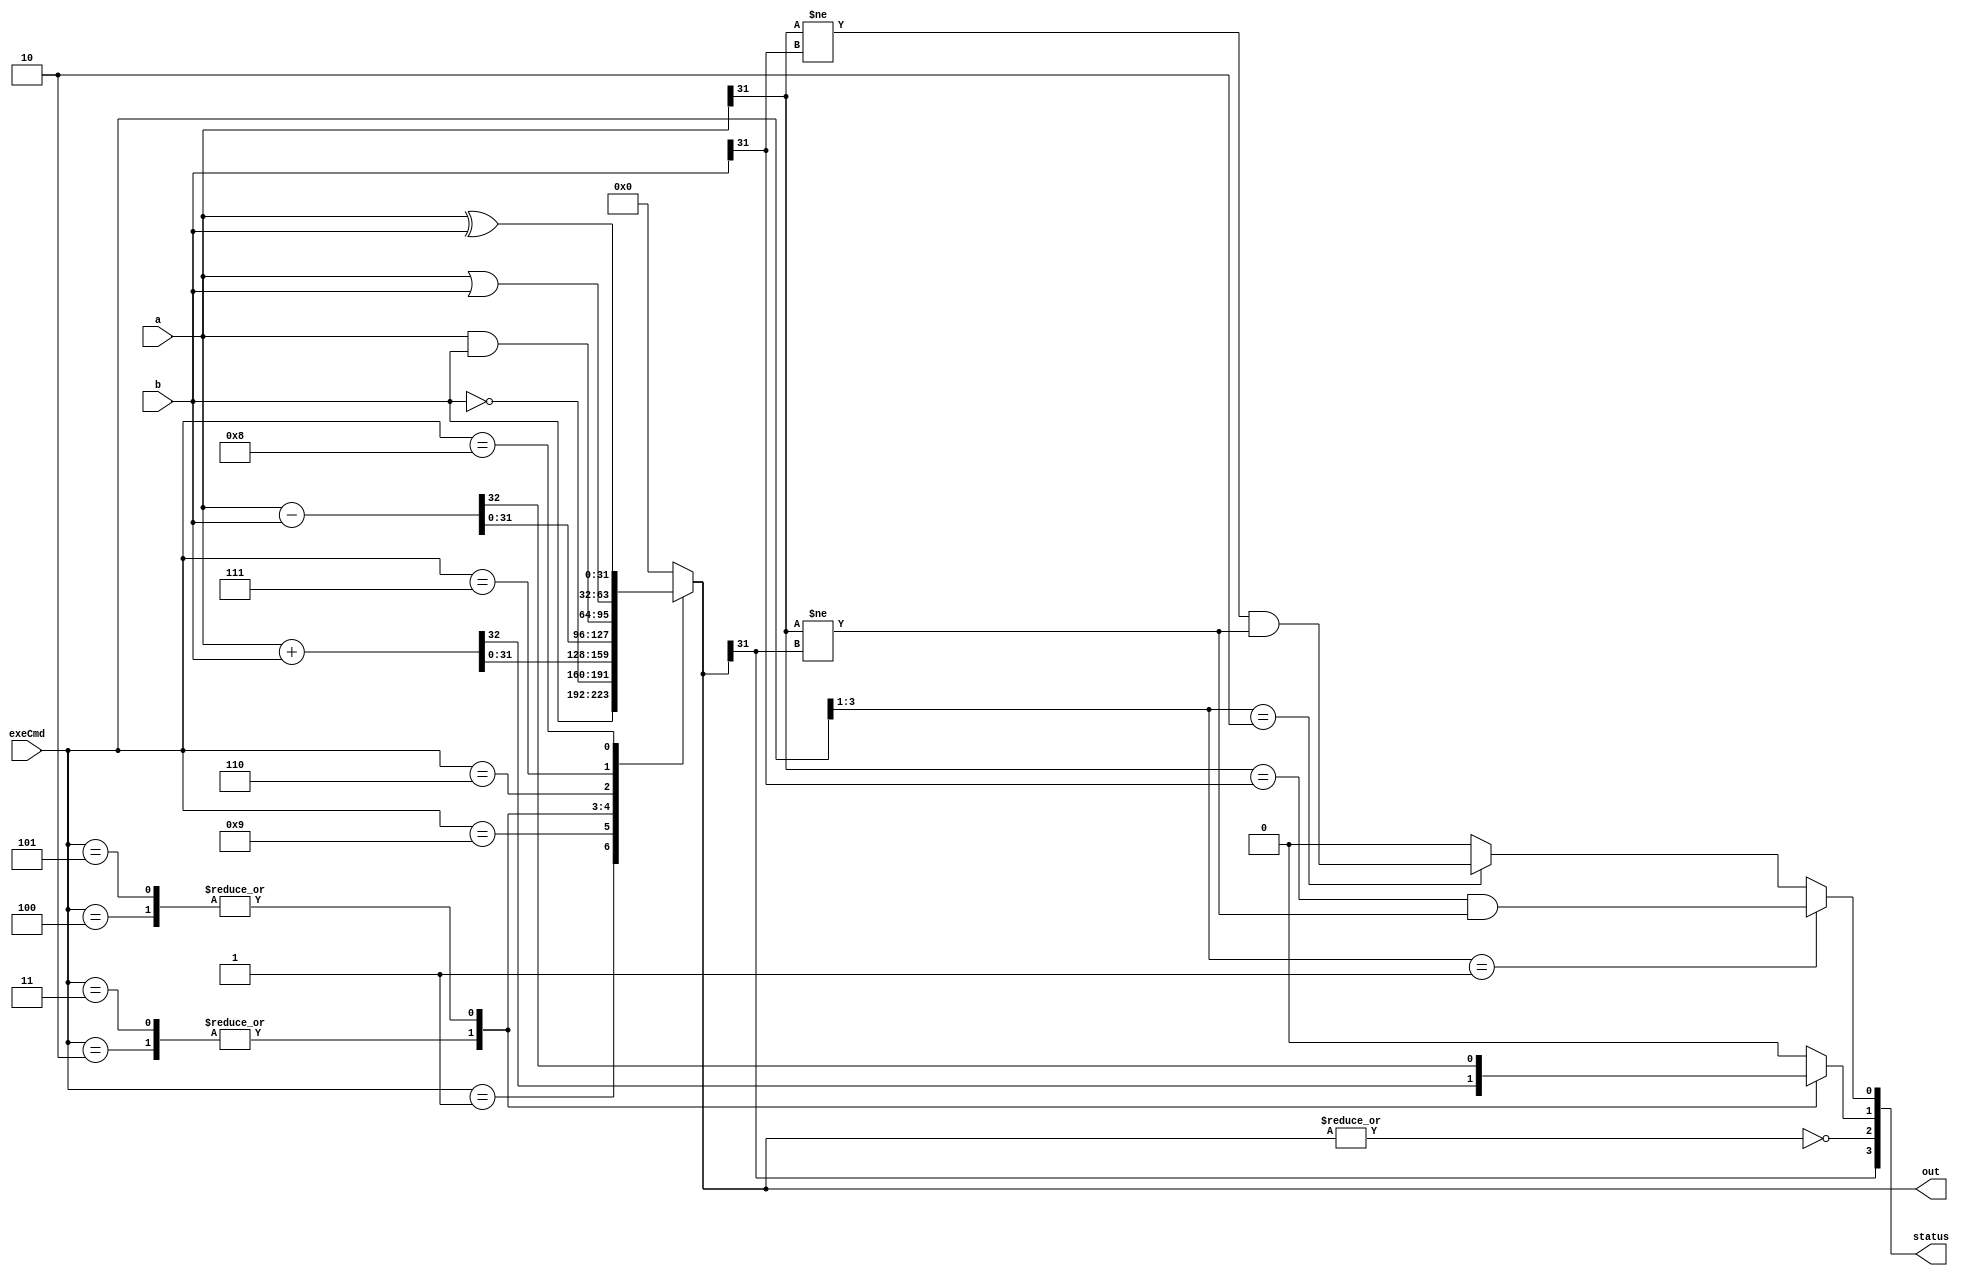
// module ALU(input [31:0]val_1, val_2,
//   input [3:0]exe_cmd, sr_in,output reg [31:0]alu_result, output reg [3:0]sr);
  
//   reg z, c, n, v;
//   wire z_in, c_in, n_in, v_in;
//   assign {z_in, c_in, n_in, v_in} = sr_in;
  
//   always @ (val_1, val_2, exe_cmd, z_in, c_in, n_in, v_in) begin
    
//     alu_result = 32'b00000000000000000000000000000000;
//     sr = 4'b0000; n = 1'b0; c = 1'b0; z = 1'b0; v = 1'b0;
    
//     case (exe_cmd)
//       4'b0001: begin alu_result = val_2; end
//       4'b1001: begin alu_result = ~val_2; end
//       4'b0010: begin
//         {c, alu_result} = val_1 + val_2;
//         if ((val_1[31] == val_2[31]) && (val_1[31] == (~alu_result[31]))) v = 1'b1;
//       end
//       4'b0011: begin
//         {c, alu_result} = val_1 + val_2 + c_in;
//         if ((val_1[31] == val_2[31]) && (val_1[31] == (~alu_result[31]))) v = 1'b1;
//       end
//       4'b0100: begin
//         {c, alu_result} = val_1 - val_2;
//         if ((val_1[31] == (~val_2[31])) && (val_1[31] == (~alu_result[31]))) v = 1'b1;
//       end
//       4'b0101: begin
//         {c, alu_result} = val_1 - val_2 - {{31'b0000000000000000000000000000000}, ~(c_in)};
//         if ((val_1[31] == (~val_2[31])) && (val_1[31] == (~alu_result[31]))) v = 1'b1;
//       end
//       4'b0110: begin alu_result = val_1 & val_2; end
//       4'b0111: begin alu_result = val_1 | val_2; end
//       4'b1000: begin alu_result = val_1 ^ val_2; end
//     endcase

//     z = alu_result == 32'b00000000000000000000000000000000 ? 1'b1 : 1'b0;
//     n = alu_result[31];    
//     sr = {z, c, n, v};
//   end
// endmodule

module ALU #(
    parameter N = 32
)(
    input [N-1:0] a, b,
    // input carryIn,
    input [3:0] exeCmd,
    output reg [N-1:0] out,
    output [3:0] status
);
    reg c, v;
    wire z, n;
    assign status = {n, z, c, v};
    assign z = ~|out;
    assign n = out[N-1];

    // wire [N-1:0] carryExt, nCarryExt;
    // assign carryExt = {{(N-1){1'b0}}, carryIn};
    // assign nCarryExt = {{(N-1){1'b0}}, ~carryIn};

    always @(exeCmd or a or b) begin
        out = {N{1'b0}};
        c = 1'b0;

        case (exeCmd)
            4'b0001: out = b;                      // MOV
            4'b1001: out = ~b;                     // MVN
            4'b0010: {c, out} = a + b;             // ADD
            4'b0011: {c, out} = a + b;  // ADC
            4'b0100: {c, out} = a - b;             // SUB
            4'b0101: {c, out} = a - b; // SBC
            4'b0110: out = a & b;                  // AND
            4'b0111: out = a | b;                  // ORR
            4'b1000: out = a ^ b;                  // EOR
            default: out = {N{1'b0}};
        endcase

        v = 1'b0;
        if (exeCmd[3:1] == 3'b001) begin      // ADD, ADC
            v = (a[N-1] == b[N-1]) && (a[N-1] != out[N-1]);
        end
        else if (exeCmd[3:1] == 3'b010) begin // SUB, SBC
            v = (a[N-1] != b[N-1]) && (a[N-1] != out[N-1]);
        end
    end
endmodule